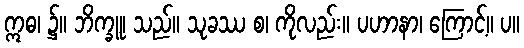
ဣဓ၊ ၌။ ဘိက္ခူ၊ သည်။ သုခဿ စ၊ ကိုလည်း။ ပဟာနာ၊ ကြောင့်။ ပ။